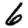
Digit: 6